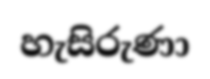
හැසිරුණා